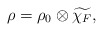
\begin{align*} \rho=\rho_0\otimes\widetilde{\chi_F}, \end{align*}